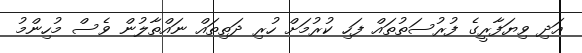
އަދި ވިޔަފާރީގެ ފުރުސަތުތައް ފަހި ކުރުމަށް ހުރި ދަތިތައް ނައްތާލުން ވެސް މުހިންމު